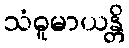
သံဓူမာယန္တိ